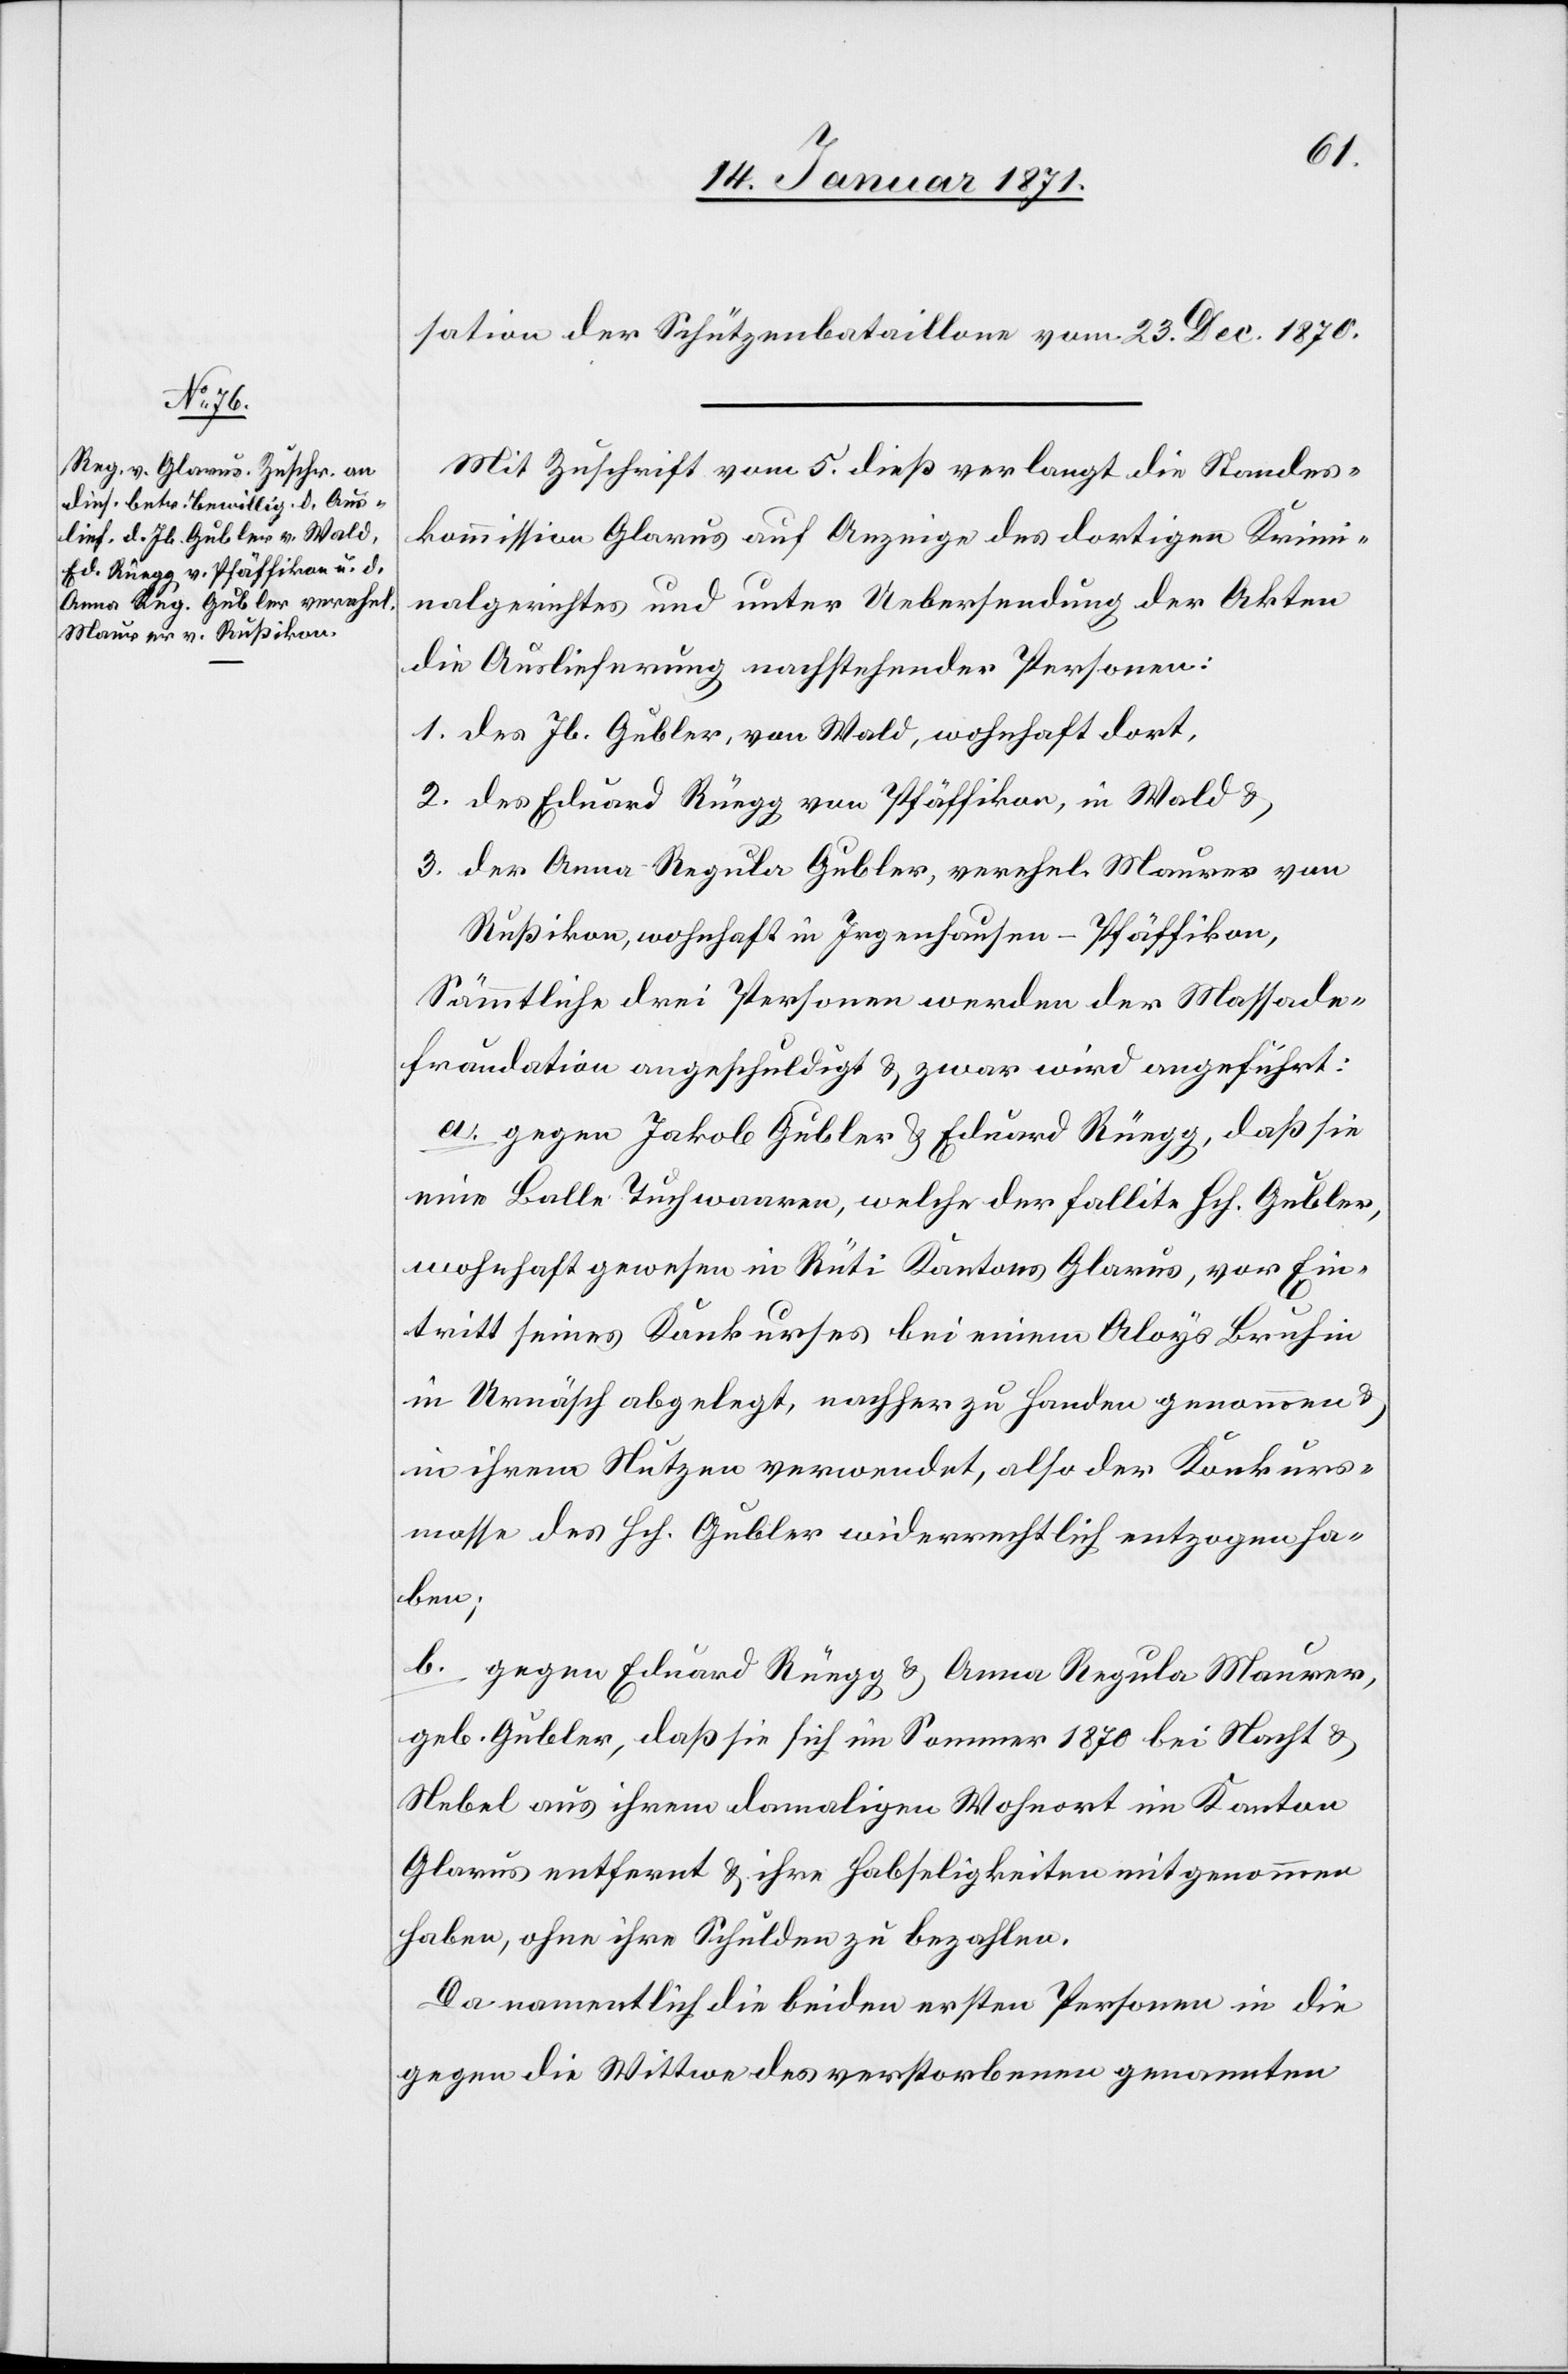
sation der Schützenbataillone vom 23. Dec. 1870.
Mit Zuschrift vom 5. dieß verlangt die Standes¬
kommission Glarus auf Anzeige des dortigen Krimi¬
nalgerichtes und unter Uebersendung der Akten
die Auslieferung nachstehender Personen:
1. des Jb. Gubler, von Wald, wohnhaft dort,
2. des Eduard Rüegg von Pfäffikon, in Wald u.
3. der Anna-Regula Gubler, verehel. Maurer von
Rußikon, wohnhaft in Irgenhausen-Pfäffikon,
Sämmtliche drei Personen werden der Massade¬
fraudation angeschuldigt u. zwar wird angeführt:
a. gegen Jakob Gubler u. Eduard Rüegg, daß sie
eine Balle Tuchwaaren, welche der Fallite Hch. Gubler,
wohnhaft gewesen in Rüti Kantons Glarus, vor Ein¬
tritt seines Konkurses bei einem Aloys Bruhin
in Urnäsch abgelegt, nachher zu Handen genommen u.
in ihrem Nutzen verwendet, also der Konkurs¬
masse des Hch. Gubler widerrechtlich entzogen ha¬
ben;
b. gegen Eduard Rüegg u. Anna Regula Maurer,
geb. Gubler, daß sie sich im Sommer 1870 bei Nacht u.
Nebel aus ihrem damaligen Wohnort im Kanton
Glarus entfernt u. ihre Habseligkeiten mitgenommen
haben, ohne ihre Schulden zu bezahlen.
Da namentlich die beiden ersten Personen in die
gegen die Wittwe des verstorbenen genannten